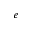
^ { e }